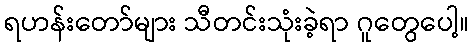
ရဟန်းတော်များ သီတင်းသုံးခဲ့ရာ ဂူတွေပေါ့။